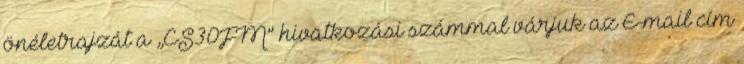
önéletrajzát a „CS30FM” hivatkozási számmal várjuk az E-mail cím